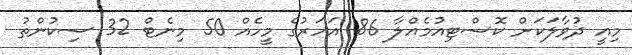
މިއީ ދުވާލަކަށް ކޮސްޓިއުމެއްލާ 86 އަހަރުގެ މީހެއް 50 މިނެޓް 32 ސިކުންތު